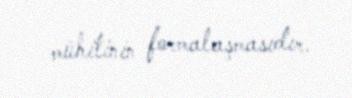
mühitinin formalaşmasıdır.